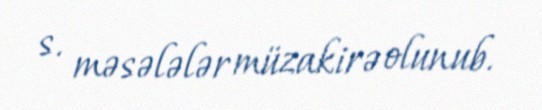
s. məsələlər müzakirə olunub.